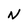
Character: N